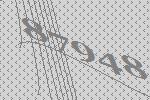
87948